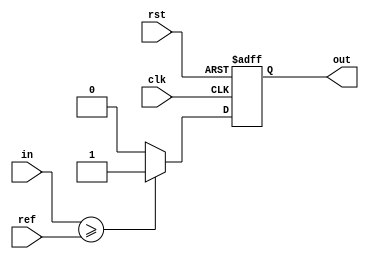
`timescale 1ns / 1ps
//////////////////////////////////////////////////////////////////////////////////
// Company: ITCR
// 
// Design Name: 
// Module Name:    Comp_16bits 
// Project Name: 
// Target Devices: 
// Tool versions: 
// Description: 
//
// Dependencies: 
//
// Revision:  
// Revision 0.01 - File Created
// Additional Comments: 
//
//////////////////////////////////////////////////////////////////////////////////
module Comp_16bits(in,out,rst,ref,clk);
input wire [3:0] in, ref;
input wire rst,clk;
output reg out;
 
always@(posedge clk,posedge rst)
if (rst) out = 1'b0;
else if (in >= ref) out = 1'b1;
else out = 1'b0;
endmodule